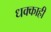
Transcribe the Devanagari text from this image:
धक्काही